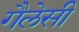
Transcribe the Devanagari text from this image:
गैलेसी